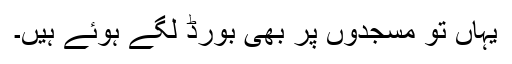
یہاں تو مسجدوں پر بھی بورڈ لگے ہوئے ہیں۔